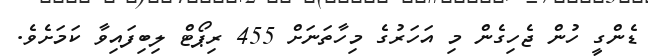
ޑެންގީ ހުން ޖެހިގެން މި އަހަރުގެ މިހާތަނަށް 455 ރިޕޯޓް ލިބިފައިވާ ކަމަށެވެ.